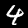
Label: 4